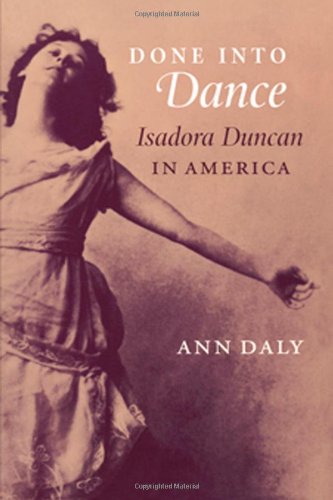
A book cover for Done into Dance: Isadora Duncan in America; Ann Daly; Biographies & Memoirs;